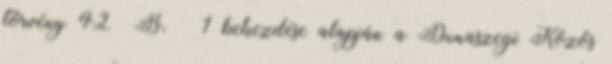
törvény 42 B. § 1 bekezdése alapján a Dunaszegi Közös